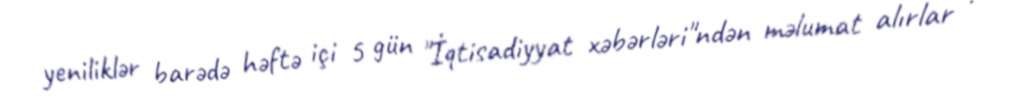
yeniliklər barədə həftə içi 5 gün "İqtisadiyyat xəbərləri"ndən məlumat alırlar .